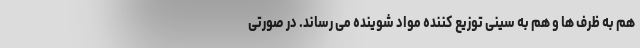
هم به ظرف ها و هم به سینی توزیع کننده مواد شوینده می رساند. در صورتی